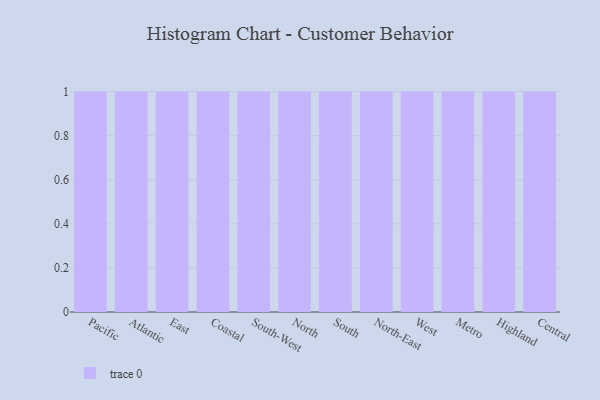
{"axis": {"x": "Region", "y": "Operating Costs (USD K)"}, "legend": [""], "data": [{"x": "Pacific", "y": 32, "type": ""}, {"x": "Atlantic", "y": 100, "type": ""}, {"x": "East", "y": 40, "type": ""}, {"x": "Coastal", "y": 88, "type": ""}, {"x": "South-West", "y": 1, "type": ""}, {"x": "North", "y": 47, "type": ""}, {"x": "South", "y": 71, "type": ""}, {"x": "North-East", "y": 70, "type": ""}, {"x": "West", "y": 46, "type": ""}, {"x": "Metro", "y": 26, "type": ""}, {"x": "Highland", "y": 77, "type": ""}, {"x": "Central", "y": 68, "type": ""}]}